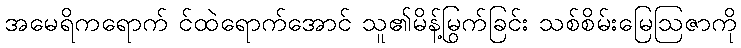
အမေရိကရောက် င်ထဲရောက်အောင် သူ၏မိန့်မြွက်ခြင်း သစ်စိမ်းမြေဩဇာကို